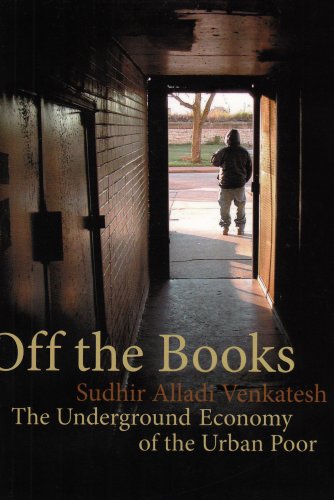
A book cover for Off the Books: The Underground Economy of the Urban Poor; Sudhir Venkatesh; Politics & Social Sciences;